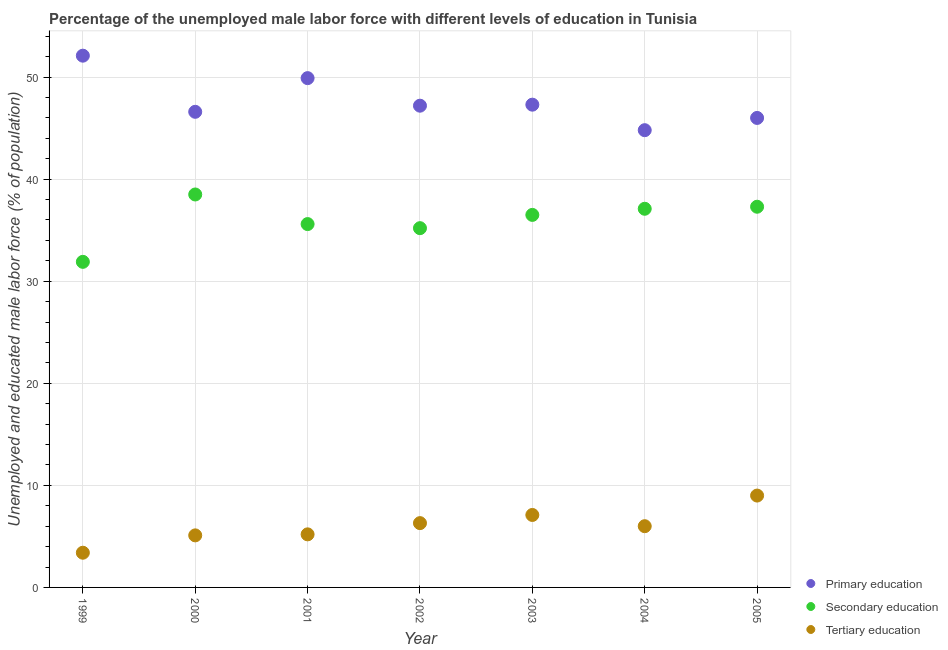
| Year | Primary education | Secondary education | Tertiary education |
 | --- | --- | --- | --- |
 | 1999 | 52.1 | 31.9 | 3.4 |
 | 2000 | 46.6 | 38.5 | 5.1 |
 | 2001 | 49.9 | 35.6 | 5.2 |
 | 2002 | 47.2 | 35.2 | 6.3 |
 | 2003 | 47.3 | 36.5 | 7.1 |
 | 2004 | 44.8 | 37.1 | 6 |
 | 2005 | 46 | 37.3 | 9 |